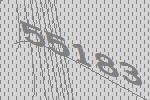
55183